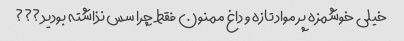
خیلی خوشمزه پر مواد تازه و داغ ممنون فقط چرا سس نذاشته بودید???